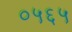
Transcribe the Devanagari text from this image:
०५६५